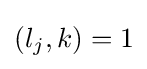
(l_{j},k)=1